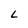
Character: L